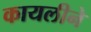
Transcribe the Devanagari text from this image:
कायलीने